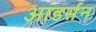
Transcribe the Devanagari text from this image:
आंडर्सन